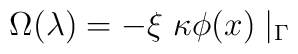
\Omega(\lambda) = - \xi~\kappa \phi(x) \mid_{\Gamma}